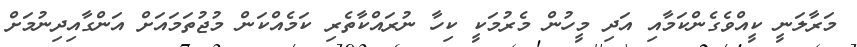
މަރާލަނީ ކީއްވެގެންކަމާއި އަދި މީހުން މެރުމަކީ ކިހާ ނުރައްކާތެރި ކަމެއްކަން މުޖުތަމައަށް އަންގާއިދިނުމަށް